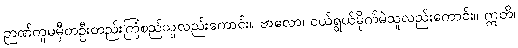
ဉာဏ်ကူမမှီတဦးတည်းကြံစည်သူလည်းကောင်း။ ဗာလော၊ ငယ်ရွယ်မိုက်မဲသူလည်းကောင်း။ ဣတိ၊